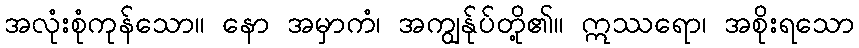
အလုံးစုံကုန်သော။ နော အမှာကံ၊ အကျွန်ုပ်တို့၏။ ဣဿရော၊ အစိုးရသော